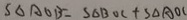
S _ { \Delta A O B } = S _ { \Delta B O C } + S _ { \Delta A O C }